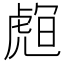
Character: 𧇅